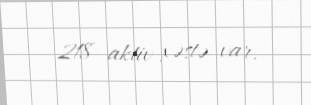
218 aktiv xəstə var.